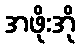
အဖိုးအို